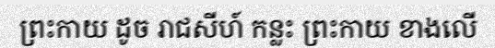
ព្រះកាយ ដូច រាជសីហ៍ កន្លះ ព្រះកាយ ខាងលើ